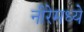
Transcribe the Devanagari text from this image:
नीरेमध्ये